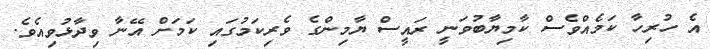
އެ ހުރިހާ ކަމެއްވެސް ކާމިޔާބުވަނީ ރައީސް ޔާމިންގެ ވެރިކަމުގައި ކަމަށް އޭނާ ވިދާޅުވިއެވެ.